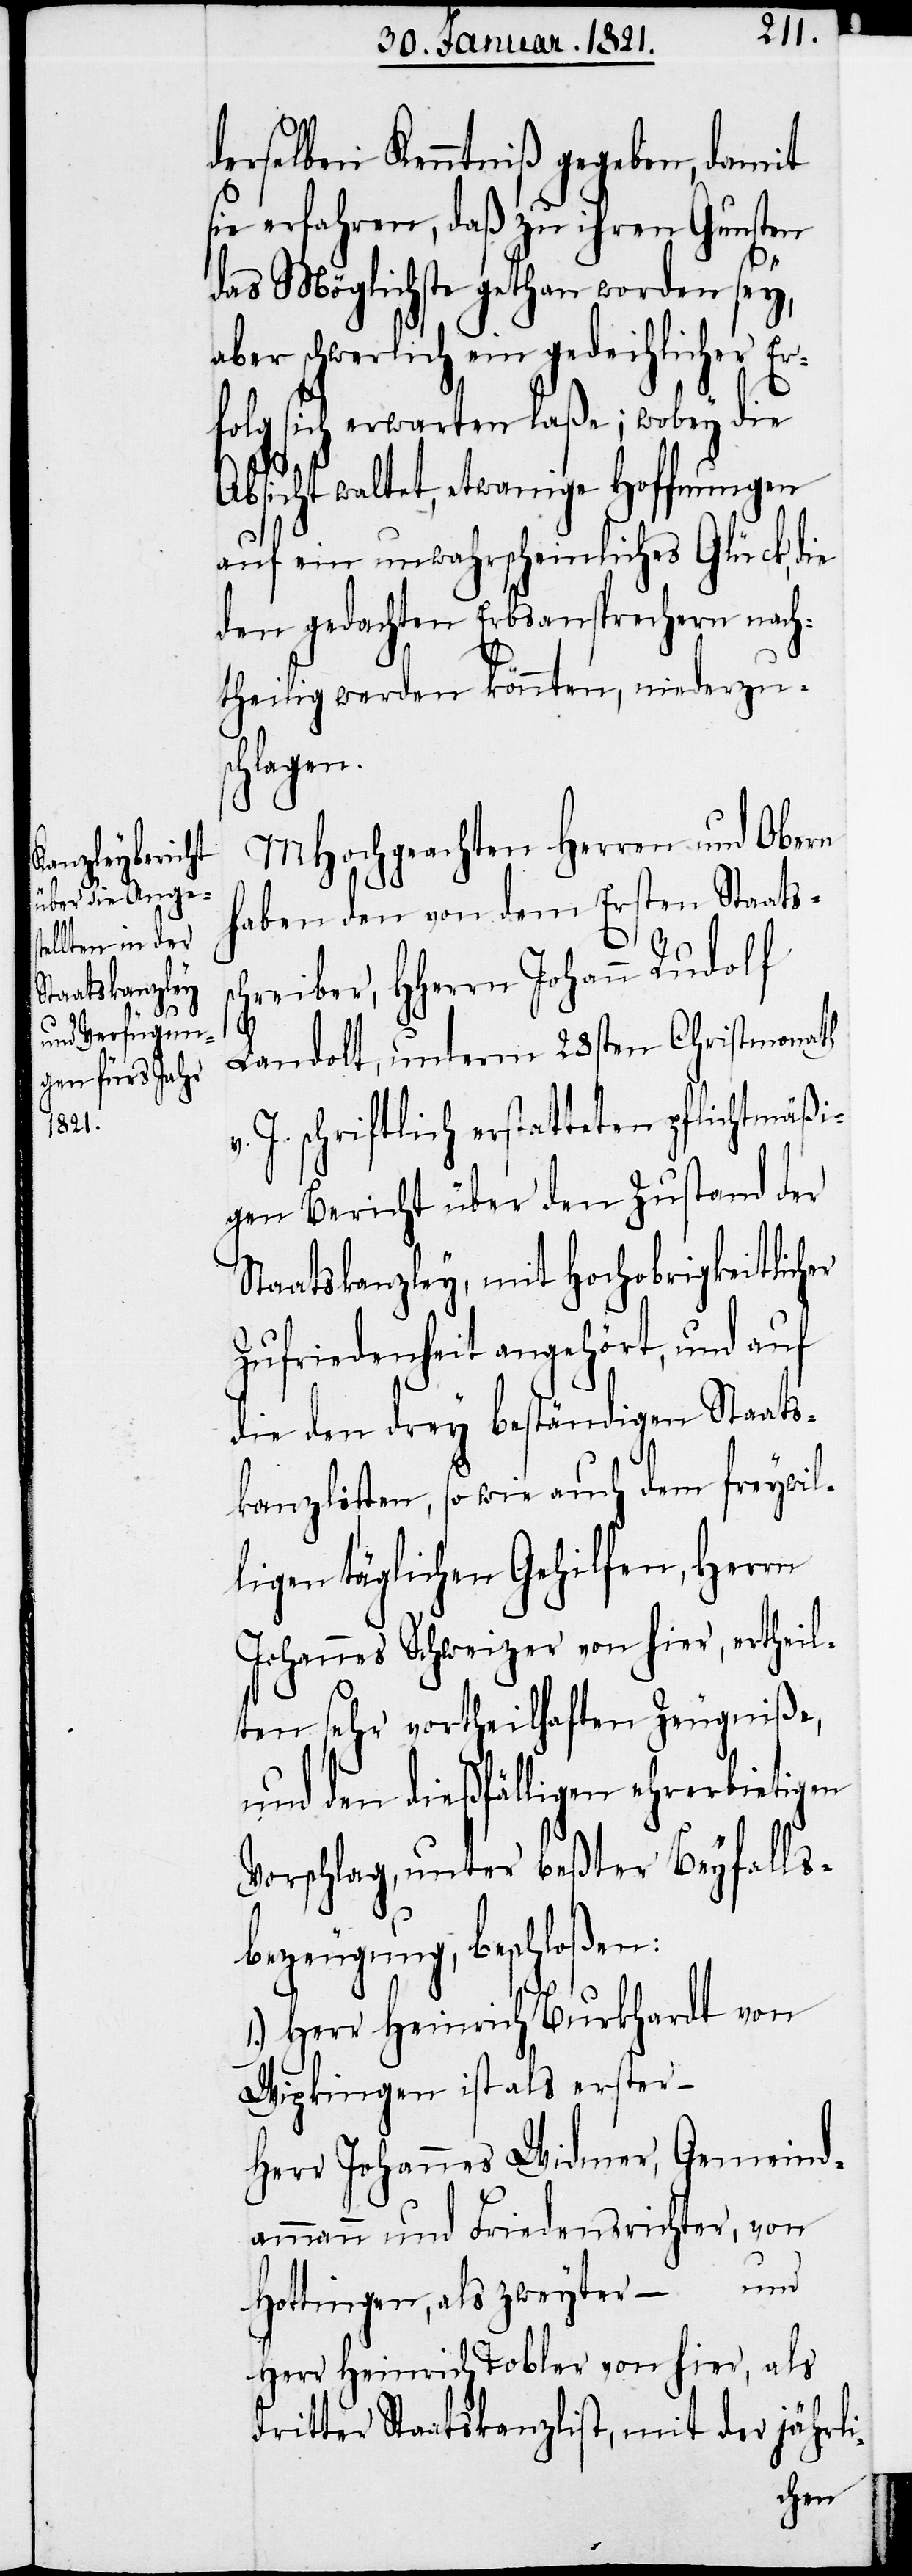
derselben Kenntniß gegeben, damit
sie erfahren, daß zu ihren Gunsten
das Möglichste gethan worden sey,
aber schwerlich ein gedeihlicher Er¬
folg sich erwarten laße; wobey die
Absicht waltet, etwanige Hoffnungen
auf ein unwahrscheinliches Glück, die
den gedachten Erbsansprechern nach¬
theilig werden könnten, niederzus¬
chlagen.
MHochgeachten Herren und Obern
haben den von dem Ersten Staats¬
schreiber, HHerrn Johann Rudolf
i-
Landolt, unterm 28sten Christmonath
J. schriftlich erstatteten pflichtmäßi¬
gen Bericht über den Zustand der
Staatskanzley, mit Hochobrigkeitlicher
Zufriedenheit angehört, und auf
die den drey beständigen Staats¬
kanzlisten, so wie auch dem freywil¬
ligen täglichen Gehilfen, Herrn
Johannes Schweizer von hier, ertheil¬
ten sehr vortheilhaften Zeugniße,
und den dießfälligen ehrerbiet¬
Vorschlag, unter beßter Beyfalls¬
bezeugung, beschloßen:
1.) Herr Heinrich Burkhardt von
Wipkingen ist als erster –
Herr Johannes Widmer, Gemeind¬
ammann und Friedensrichter, von
Hottingen, als zweyter – und
Herr Heinrich Tobler von hier, als
dritter Staatskanzlist, mit der jährl¬
igen